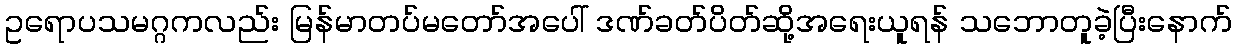
ဥရောပသမဂ္ဂကလည်း မြန်မာတပ်မတော်အပေါ် ဒဏ်ခတ်ပိတ်ဆို့အရေးယူရန် သဘောတူခဲ့ပြီးနောက်